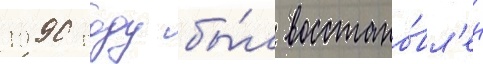
1990 году бы́л восстано́вл'ен